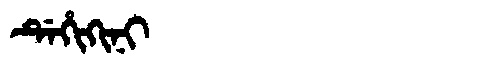
Manchu: ᡩᡝᡥᡳᡴᡳᠨᡳ
Romanization: DEHIKINI